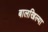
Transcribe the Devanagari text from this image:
बालखिल्या